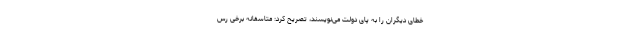
خطای دیگران را به پای دولت می‌نویسند، تصریح کرد: متاسفانه برخی رس